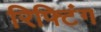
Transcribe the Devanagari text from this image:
रिफ्टिंग